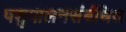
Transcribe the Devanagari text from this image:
पशुपालनसंबंधित